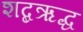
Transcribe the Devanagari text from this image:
शब्दऋद्ध